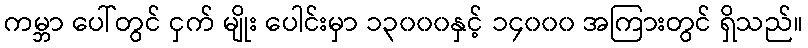
ကမ္ဘာ ပေါ်တွင် ငှက် မျိုး ပေါင်းမှာ ၁၃၀၀၀နှင့် ၁၄၀၀၀ အကြားတွင် ရှိသည်။